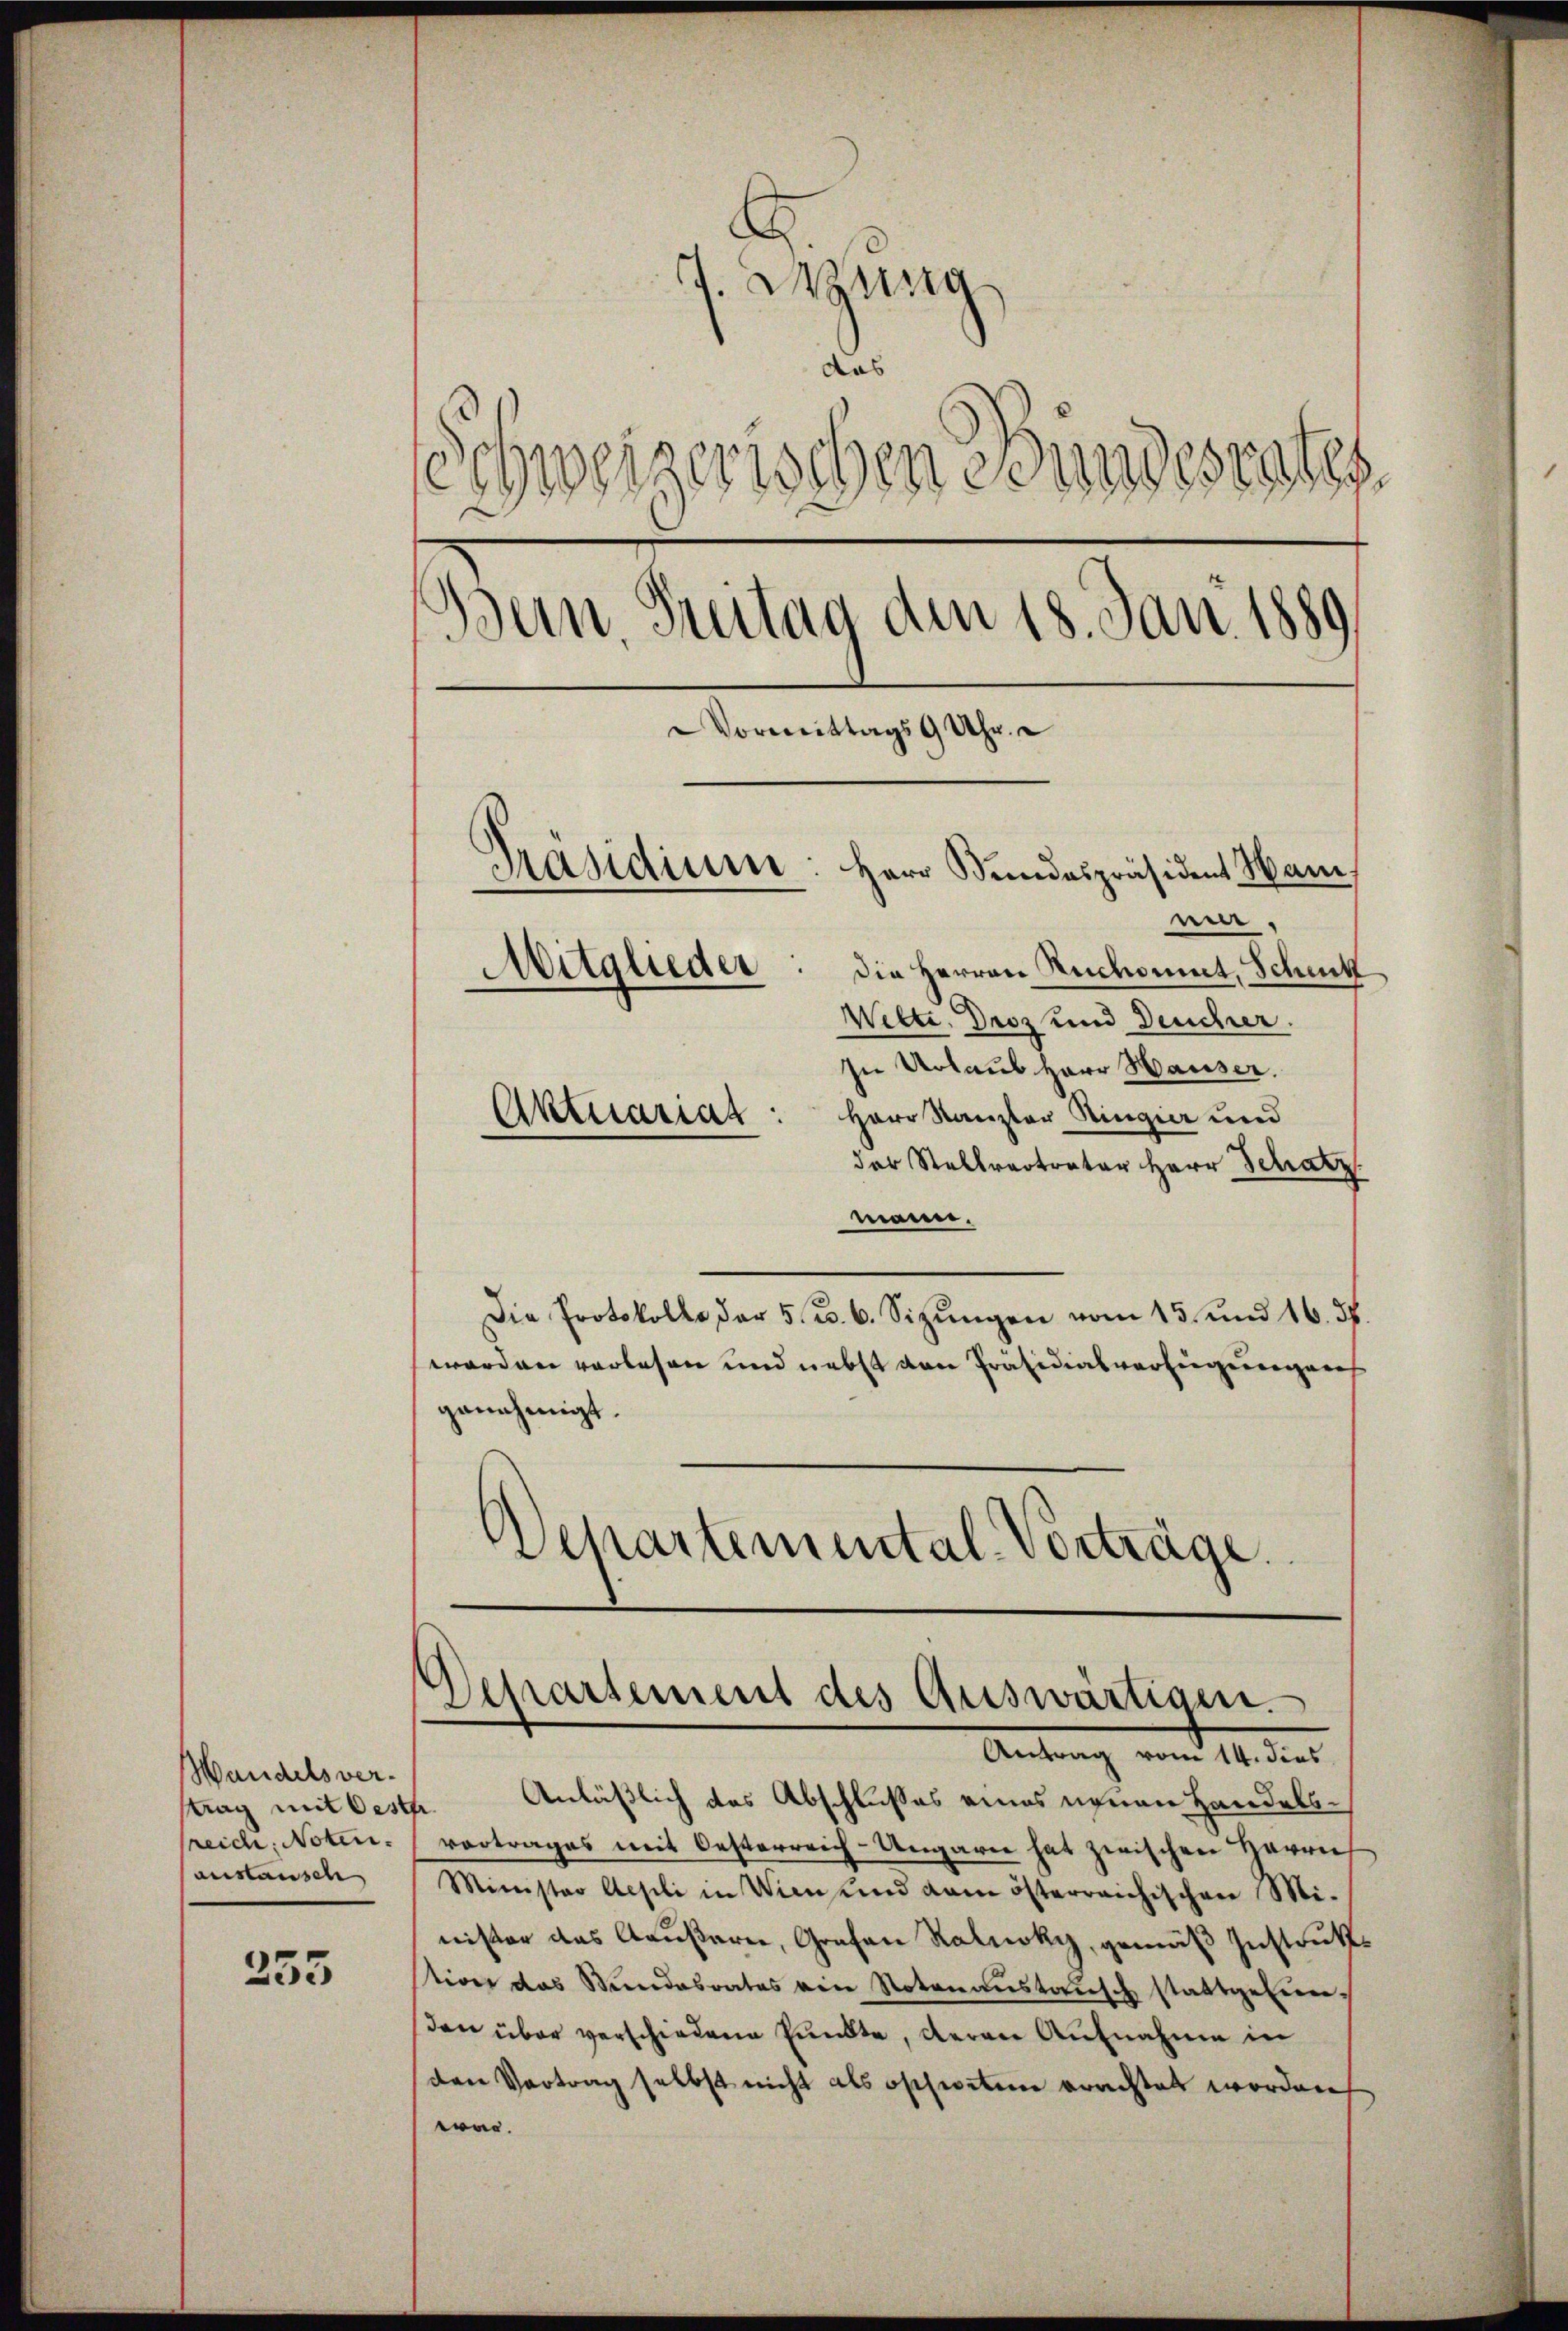
Wandelsver-
strag mit Oesth
sreich, Noten.
auslausch

255

.
7. Wung
das
Schweizerischen Bundesrates
d
d
Bern, Freitag den 18. Jan. 188.
Vormittags 9 Uhr.
Präsidium
Herr Stundespräsident Ham.
ni.
Mitglieder
Die Herren Rechnet, Schickt
Wette. Droz und Deucher.

In Urlaus Herr Hauser.
Herr Kanzler Ringier und
der Stellvertreter Herr Schatz
mann.
Die Protokolle der 5. B. 6. Sizungen vom 15. und 16. d.
worden vorlesen und nebst den Präsidialsverfügungens
genehmigt.
Departemental-Vorträge.

Aktuariat

Anläßlich des Abschlußes eines neuen Handelsvortrages mit Oesterreich-Ungarn hat zwischen Herrn
Minister Aesili in Wien und dem österreichischen Mi-
nister das Aeußern, Grafen Ralnoky, gemäß Instrukt
stion das Stundesrates ein Notenaŭstansch stattgefunden über verschiedene Punkte, deren Aufnahme in
den Vortrag selbst nicht als schneten erachtet worden
war.

Departement des Auswärtigen.
Antrag vom 14. dies